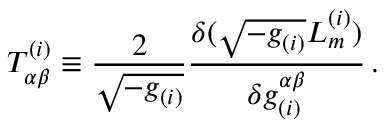
T _ { \alpha \beta } ^ { ( i ) } \equiv \frac { 2 } { \sqrt { - g _ { ( i ) } } } \frac { \delta ( \sqrt { - g _ { ( i ) } } { \cal L } _ { m } ^ { ( i ) } ) } { \delta g _ { ( i ) } ^ { \alpha \beta } } \, .